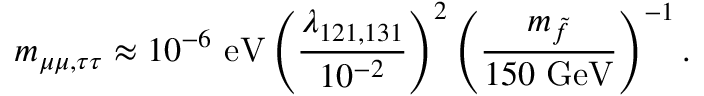
m _ { \mu \mu , \tau \tau } \approx 1 0 ^ { - 6 } \mathrm { ~ e V } \left( \frac { \lambda _ { 1 2 1 , 1 3 1 } } { 1 0 ^ { - 2 } } \right) ^ { 2 } \left( \frac { m _ { \tilde { f } } } { 1 5 0 \mathrm { ~ G e V } } \right) ^ { - 1 } .